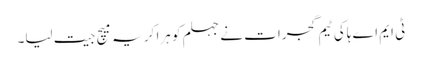
ٹی ایم اے ہاکی ٹیم گجرات نے جہلم کو ہرا کر یہ میچ جیت لیا۔